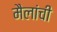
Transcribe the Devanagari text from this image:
मैलांची